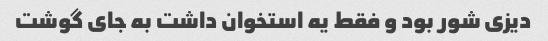
دیزی شور بود و فقط یه استخوان داشت به جای گوشت